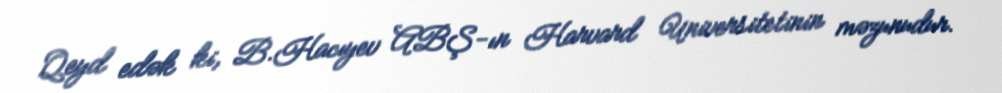
Qeyd edək ki, B.Hacıyev ABŞ-ın Harvard Universitetinin məzunudur.